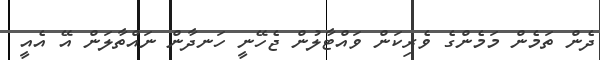
ދެން ތަމެން މަމެންގެ ވެރިކަން ވައްޓާލުން ޖެހޭނީ ހަނދާން ނައްތާލަން އޭ އެއީ